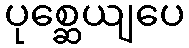
ပုစ္ဆေယျပေ